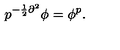
p ^ { - \frac { 1 } { 2 } \partial ^ { 2 } } \phi = \phi ^ { p } .